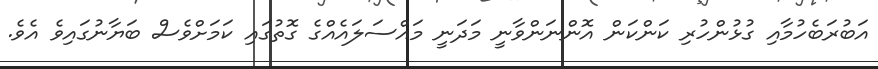
އަބުރަބެހުމާއި ގުޅުންހުރި ކަންކަން އޮންނަންވާނީ މަދަނީ މައްސަލައެއްގެ ގޮތުގައި ކަމަށްވެސް ބަޔާނުގައިވެ އެވެ.